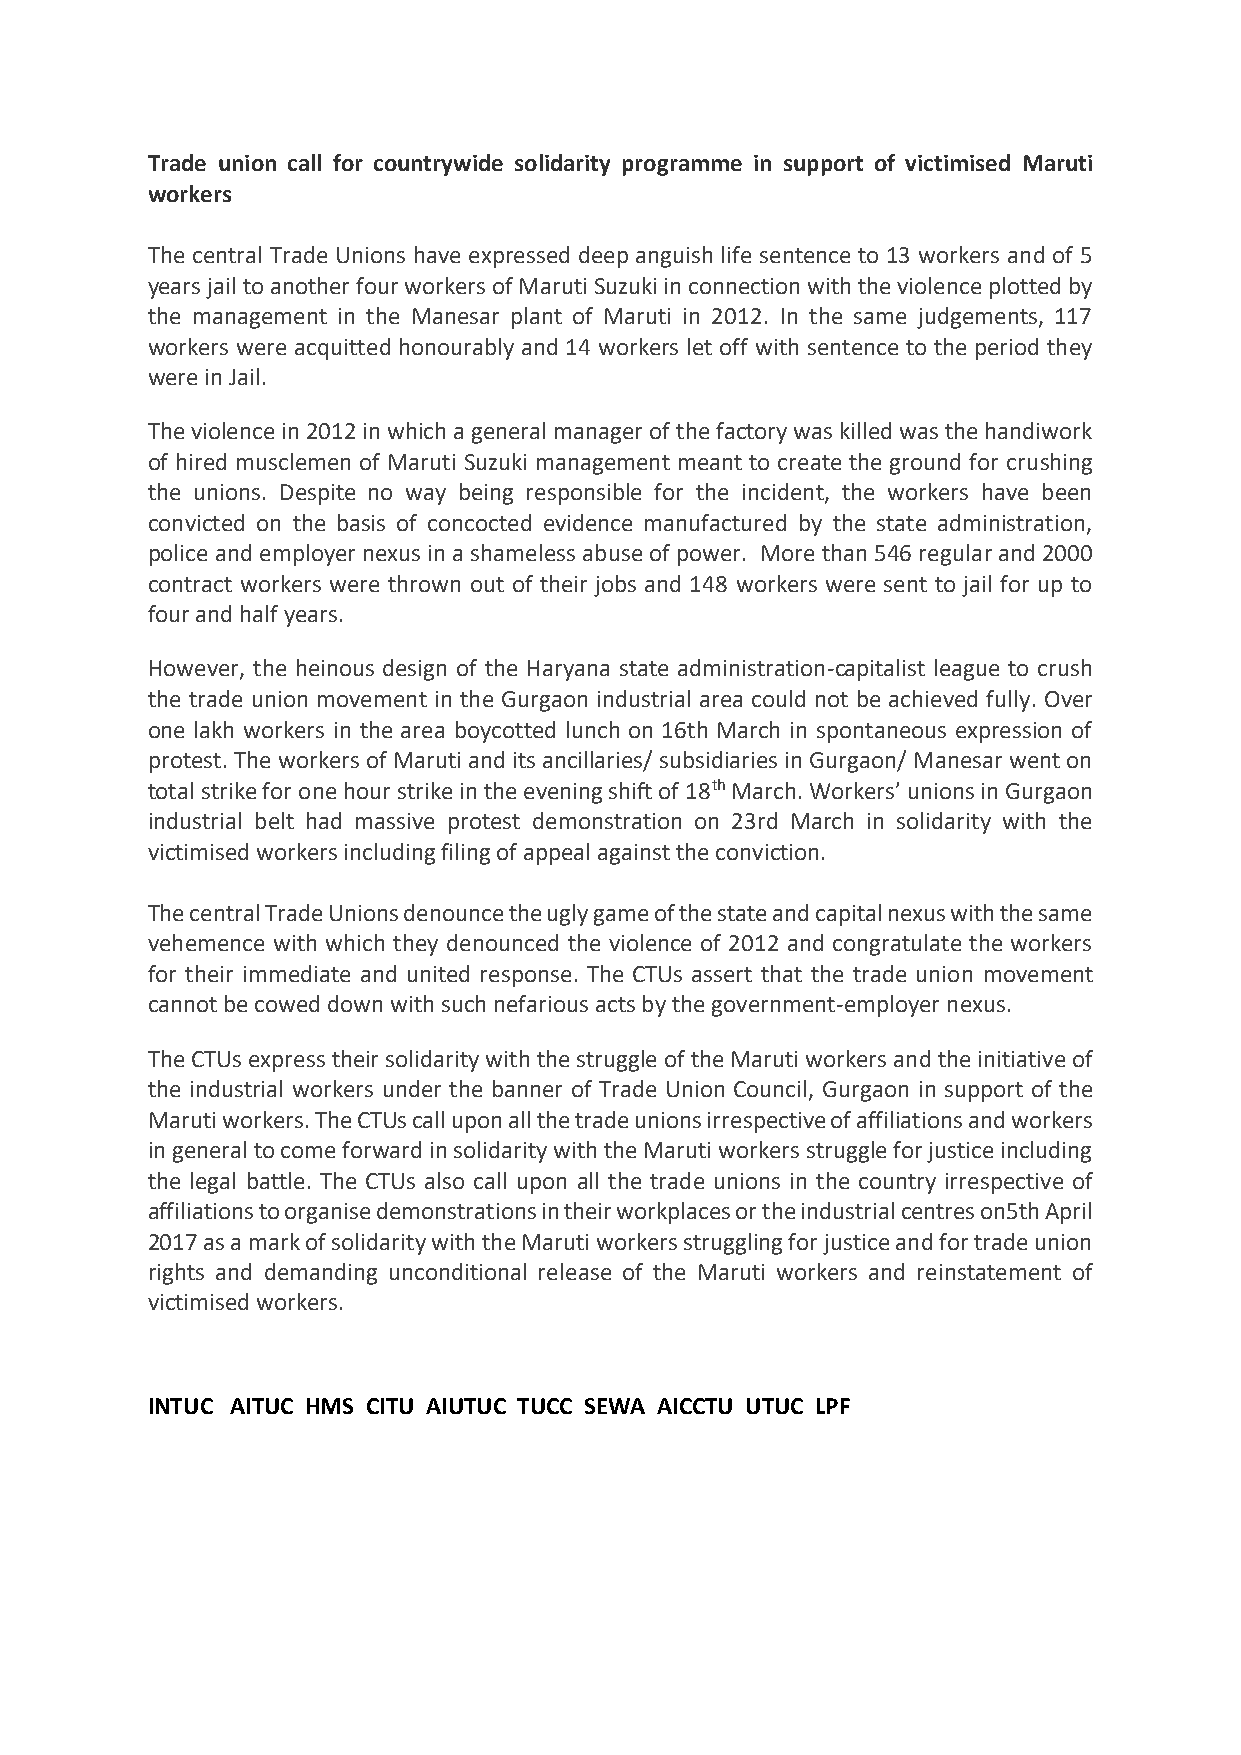
Trade union call for countrywide solidarity programme in support of victimised Maruti
 workers
 The central Trade Unions have expressed deep anguish life sentence to 13 workers and of 5
 years jail to another four workers of Maruti Suzuki in connection with the violence plotted by
 the management in the Manesar plant of Maruti in 2012. In the same judgements, 117
 workers were acquitted honourably and 14 workers let off with sentence to the period they
 were in Jail.
 The violence in 2012 in which a general manager of the factory was killed was the handiwork
 of hired musclemen of Maruti Suzuki management meant to create the ground for crushing
 the unions. Despite no way being responsible for the incident, the workers have been
 convicted on the basis of concocted evidence manufactured by the state administration,
 police and employer nexus in a shameless abuse of power. More than 546 regular and 2000
 contract workers were thrown out of their jobs and 148 workers were sent to jail for up to
 four and half years.
 However, the heinous design of the Haryana state administration-capitalist league to crush
 the trade union movement in the Gurgaon industrial area could not be achieved fully. Over
 one lakh workers in the area boycotted lunch on 16th March in spontaneous expression of
 protest. The workers of Maruti and its ancillaries/ subsidiaries in Gurgaon/ Manesar went on
 total strike for one hour strike in the evening shift of 18th March. Workers’ unions in Gurgaon
 industrial belt had massive protest demonstration on 23rd March in solidarity with the
 victimised workers including filing of appeal against the conviction.
 The central Trade Unions denounce the ugly game of the state and capital nexus with the same
 vehemence with which they denounced the violence of 2012 and congratulate the workers
 for their immediate and united response. The CTUs assert that the trade union movement
 cannot be cowed down with such nefarious acts by the government-employer nexus.
 The CTUs express their solidarity with the struggle of the Maruti workers and the initiative of
 the industrial workers under the banner of Trade Union Council, Gurgaon in support of the
 Maruti workers. The CTUs call upon all the trade unions irrespective of affiliations and workers
 in general to come forward in solidarity with the Maruti workers struggle for justice including
 the legal battle. The CTUs also call upon all the trade unions in the country irrespective of
 affiliations to organise demonstrations in their workplaces or the industrial centres on5th April
 2017 as a mark of solidarity with the Maruti workers struggling for justice and for trade union
 rights and demanding unconditional release of the Maruti workers and reinstatement of
 victimised workers.
 INTUC AITUC HMS CITU AIUTUC TUCC SEWA AICCTU UTUC LPF